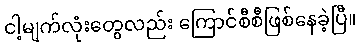
ငါ့မျက်လုံးတွေလည်း ကြောင်စီစီဖြစ်နေခဲ့ပြီ။